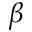
\beta